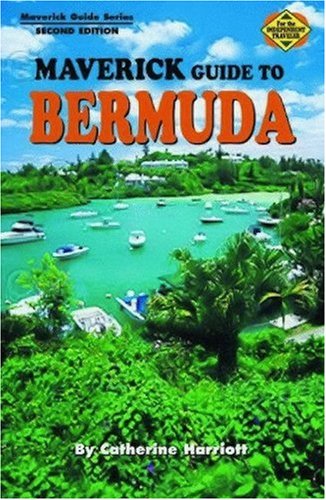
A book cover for Maverick Guide to Bermuda, Second Edition (Maverick Guide Series); Catherine Harriott; Travel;